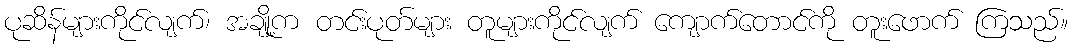
ပုဆိန်များကိုင်လျက်၊ အချို့က တင်းပုတ်များ တူများကိုင်လျက် ကျောက်တောင်ကို တူးဖောက် ကြသည်။